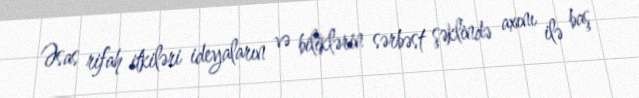
Əsas rifah itkiləri ideyaların və biliklərin sərbəst şəklində axını ilə baş